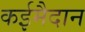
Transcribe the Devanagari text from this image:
कईमैदान